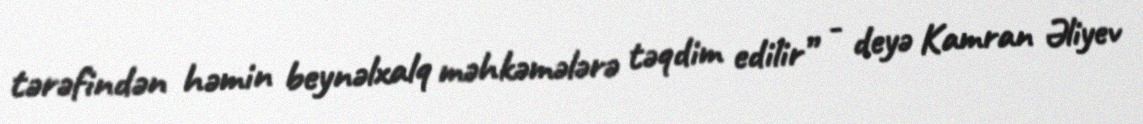
tərəfindən həmin beynəlxalq məhkəmələrə təqdim edilir” - deyə Kamran Əliyev